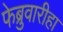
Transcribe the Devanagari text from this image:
फेब्रुवारीहा